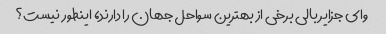
وای جزایر بالی برخی از بهترین سواحل جهان را دارند، اینطور نیست؟